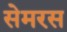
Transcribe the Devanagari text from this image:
सेमरस